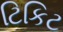
ટિકિટ